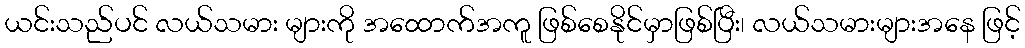
ယင်းသည်ပင် လယ်သမား များကို အထောက်အကူ ဖြစ်စေနိုင်မှာဖြစ်ပြီး၊ လယ်သမားများအနေ ဖြင့်